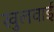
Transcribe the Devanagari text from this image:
खुलवाई